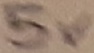
Text: 5V